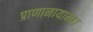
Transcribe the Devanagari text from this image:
प्राणानायाम्य।